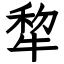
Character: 犂